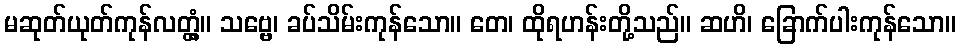
မဆုတ်ယုတ်ကုန်လတ္တံ့။ သဗ္ဗေ၊ ခပ်သိမ်းကုန်သော။ တေ၊ ထိုရဟန်းတို့သည်။ ဆဟိ၊ ခြောက်ပါးကုန်သော။